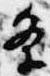
条